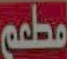
مطعم